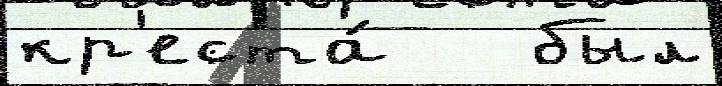
кр'еста́   был